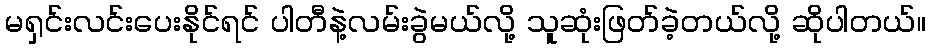
မရှင်းလင်းပေးနိုင်ရင် ပါတီနဲ့လမ်းခွဲမယ်လို့ သူဆုံးဖြတ်ခဲ့တယ်လို့ ဆိုပါတယ်။